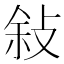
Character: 敍